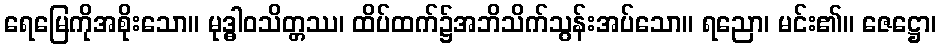
ရေမြေကိုအစိုးသော။ မုဒ္ဓါဝသိတ္တဿ၊ ထိပ်ထက်၌အဘိသိက်သွန်းအပ်သော။ ရညော၊ မင်း၏။ ဇေဋ္ဌော၊